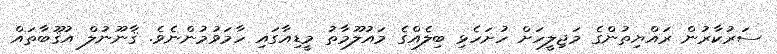
ސަރުކާރުން ރައްޔިތުންގެ މަޖިލީހަށް ހުށަހެޅި ބިލެއްގެ މައުލޫމާތު މީޑިއާގައި ހާމަވުމުންނެވެ. ޤާނޫނުލް އުޤޫބާތައް